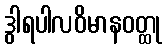
ဒွါရပါလဝိမာနဝတ္ထု